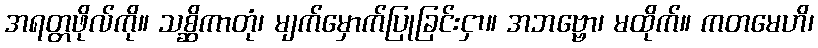
အရတ္တဖိုလ်ကို။ သစ္ဆိကာတုံ၊ မျက်မှောက်ပြုခြင်းငှာ။ အဘဗ္ဗော၊ မထိုက်။ ကတမေဟိ၊